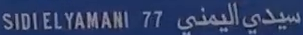
SIDI ELYAMANI 77